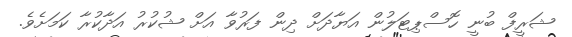
ޝަރީފް ބުނީ ހޮސްޕިޓަލުން އަޔާދަށް ދިން ފަރުވާ އަށް ޝުކުރު އަދާކުރާ ކަމަށެވެ.